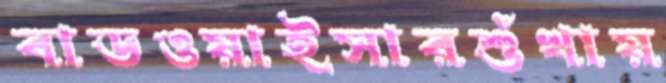
বাডওয়াইসারশুঁখায়